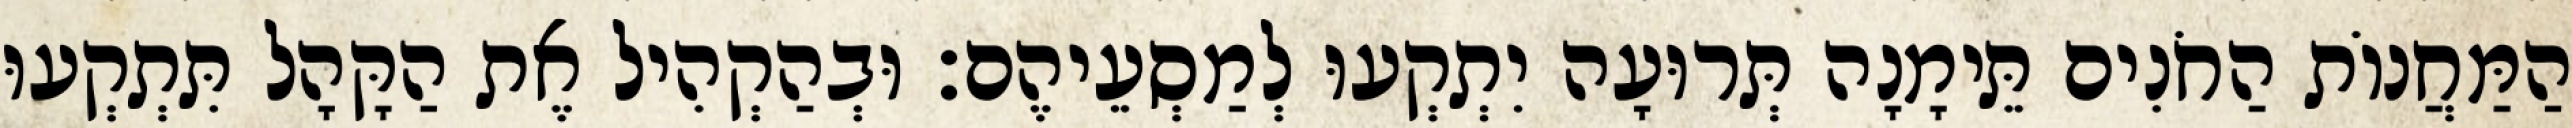
הַמַּחֲנוֹת הַחֹנִים תֵּימָנָה תְּרוּעָה יִתְקְעוּ לְמַסְעֵיהֶם׃ וּבְהַקְהִיל אֶת הַקָּהָל תִּתְקְעוּ